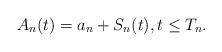
LaTeX: \begin{align*}A_n(t)=a_n+S_n(t), {t\le T_n}.\end{align*}